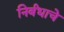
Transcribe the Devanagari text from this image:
निर्बंधाचे